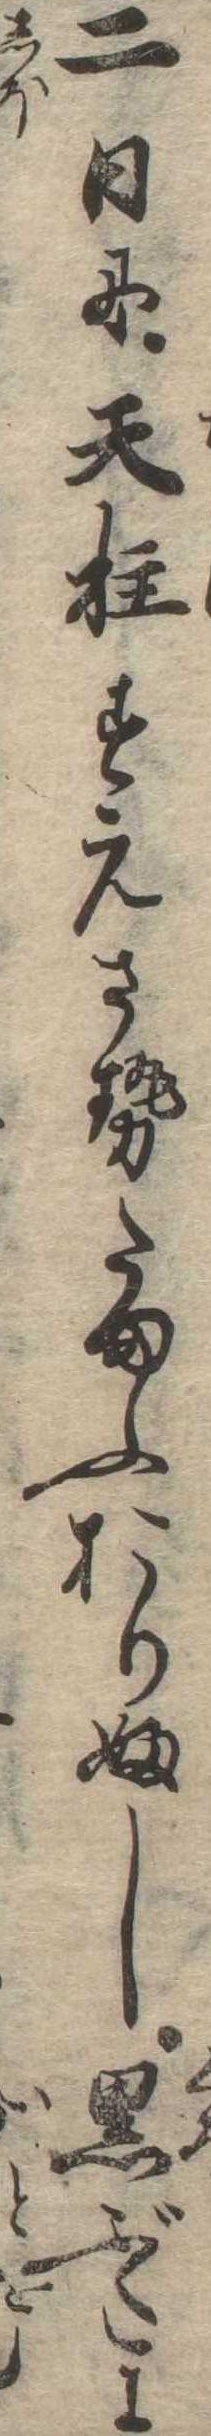
二日に天柱すえさせたまふおりふし黒ぶたに